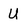
Character: U